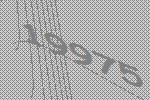
19975